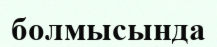
болмысында